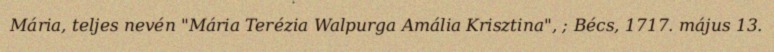
Mária, teljes nevén "Mária Terézia Walpurga Amália Krisztina", ; Bécs, 1717. május 13.